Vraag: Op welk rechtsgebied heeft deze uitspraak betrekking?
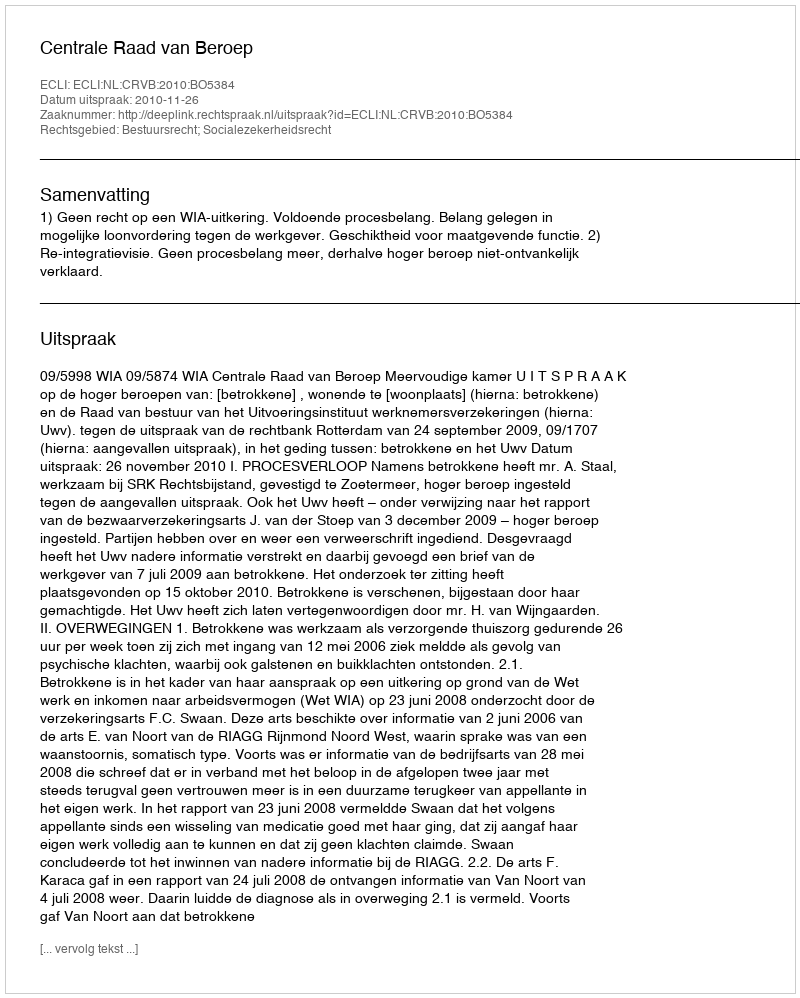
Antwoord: Bestuursrecht; Socialezekerheidsrecht